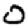
Digit: 0